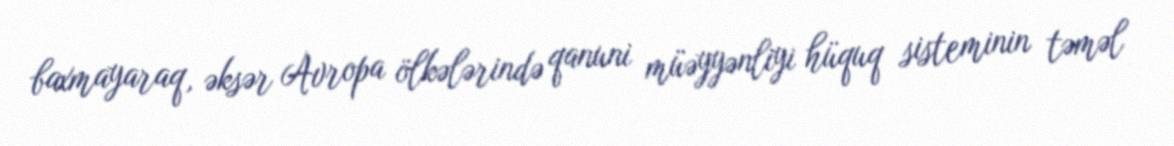
baxmayaraq, əksər Avropa ölkələrində qanuni müəyyənliyi hüquq sisteminin təməl